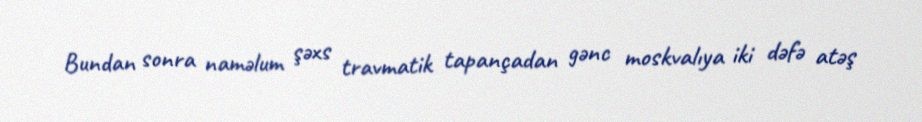
Bundan sonra naməlum şəxs travmatik tapançadan gənc moskvalıya iki dəfə atəş